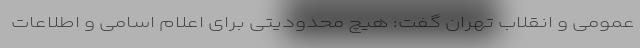
عمومی و انقلاب تهران گفت: هیچ محدودیتی برای اعلام اسامی و اطلاعات